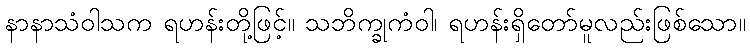
နာနာသံဝါသက ရဟန်းတို့ဖြင့်။ သဘိက္ခုကံဝါ၊ ရဟန်းရှိတော်မူလည်းဖြစ်သော။